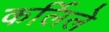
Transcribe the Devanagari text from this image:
कर्लिले